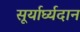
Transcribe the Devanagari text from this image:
सूर्यार्घ्यदान